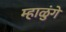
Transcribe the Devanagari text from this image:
म्हाळुंगे